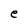
Character: e